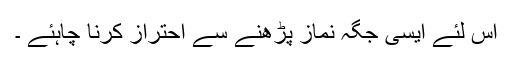
اس لئے ایسی جگہ نماز پڑھنے سے احتراز کرنا چاہئے ۔